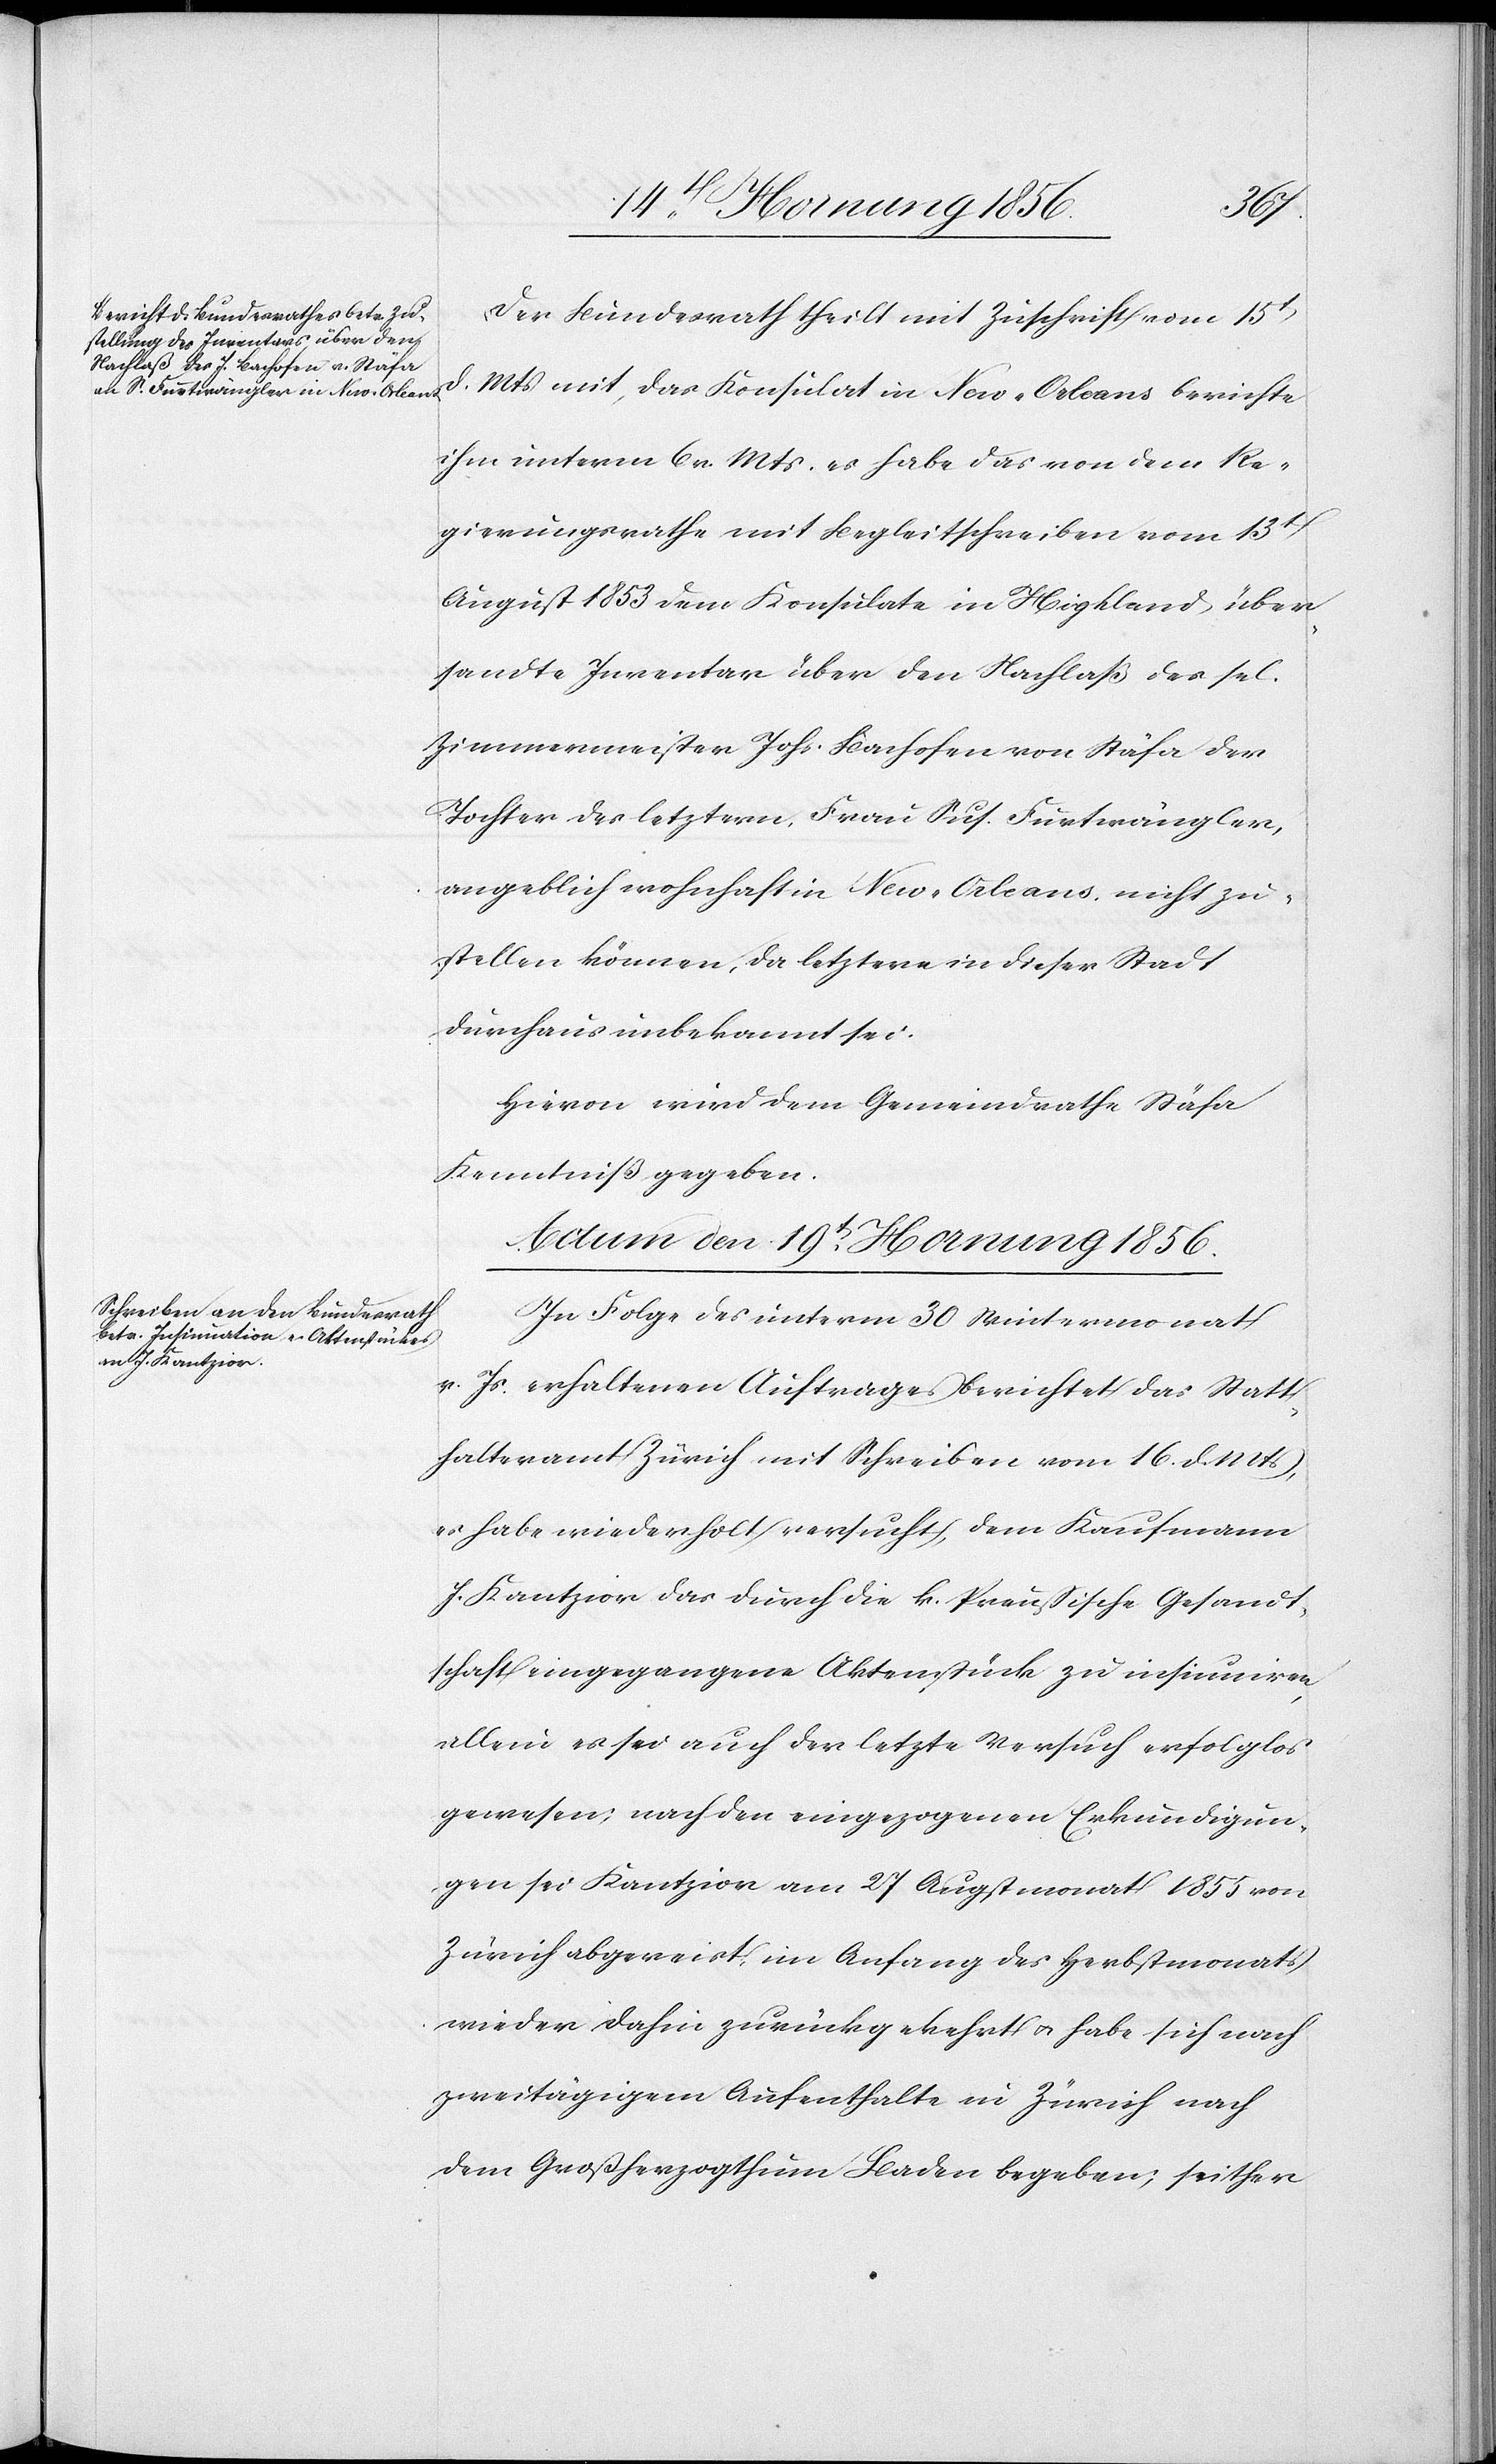
den
18t Hornung 1856.]
Der Bundesrath theilt mit Zuschrift vom 15t
d. Mts mit, das Konsulat in New-Orleans berichte
ihm unterm 6 v. Mts es habe das von dem Re¬
gierungsrathe mit Begleitschreiben vom 13t
August 1853 dem Konsulate in Highland über¬
sandte Inventar über den Nachlaß des sel.
Zimmermeister Johs. Bachofen von Stäfa der
Tochter des letztern, Frau Sus. Furtwängler,
angeblich wohnhaft in New-Orleans, nicht zu¬
stellen können, da letztere in dieser Stadt
durchaus unbekannt sei.
Hievon wird dem Gemeindrathe Stäfa
Kenntniß gegeben.
Actum den 19t Hornung 1856.
In Folge des unterm 30 Wintermonat
v. Js erhaltenen Auftrages berichtet das Statt¬
halteramt Zürich mit Schreiben vom 16 d. Mts,
es habe wiederholt versucht, dem Kaufmann
J. Kantzior das durch die k. Preußische Gesandt¬
schaft eingegangene Aktenstück zu insinuiren,
allein es sei auch der letzte Versuch erfolglos
gewesen; nach den eingezogenen Erkundigun¬
gen sei Kantzior am 27 Augstmonat 1855 von
Zürich abgereist, im Anfang des Herbstmonats
wieder dahin zurückgekehrt u. habe sich nach
zweitägigem Aufenthalte in Zürich nach
dem Großherzogthum Baden begeben; seither